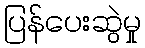
ပြန်ပေးဆွဲမှု